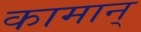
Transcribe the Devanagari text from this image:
कामान्